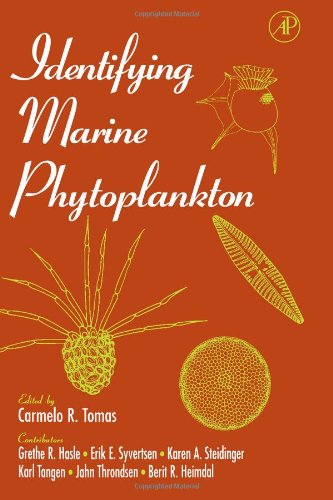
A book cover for Identifying Marine Phytoplankton; Sports & Outdoors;